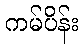
ကမ်ပိန်း